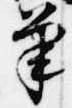
筆